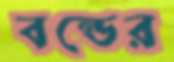
বন্ডের